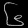
Digit: ၆